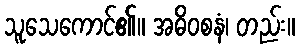
သူသေကောင်၏။ အဓိဝစနံ၊ တည်း။